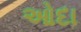
ઓદા